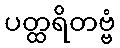
ပတ္ထရိတဗ္ဗံ